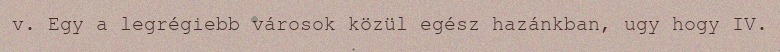
v. Egy a legrégiebb városok közül egész hazánkban, ugy hogy IV.